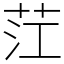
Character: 茳